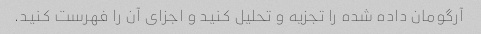
آرگومان داده شده را تجزیه و تحلیل کنید و اجزای آن را فهرست کنید.